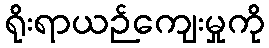
ရိုးရာယဉ်ကျေးမှုကို